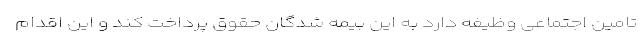
تامین اجتماعی وظیفه دارد به این بیمه شدگان حقوق پرداخت کند و این اقدام